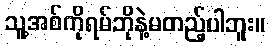
သူ့အစ်ကိုရမ်ဘိုနဲ့မတည့်ပါဘူး။